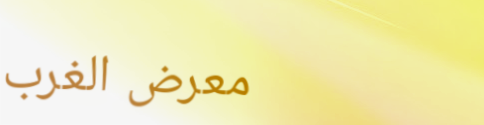
معرض الغرب